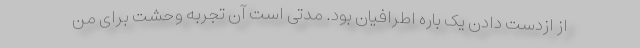
از ازدست دادن یک باره اطرافیان بود. مدتی است آن تجربه وحشت برای من